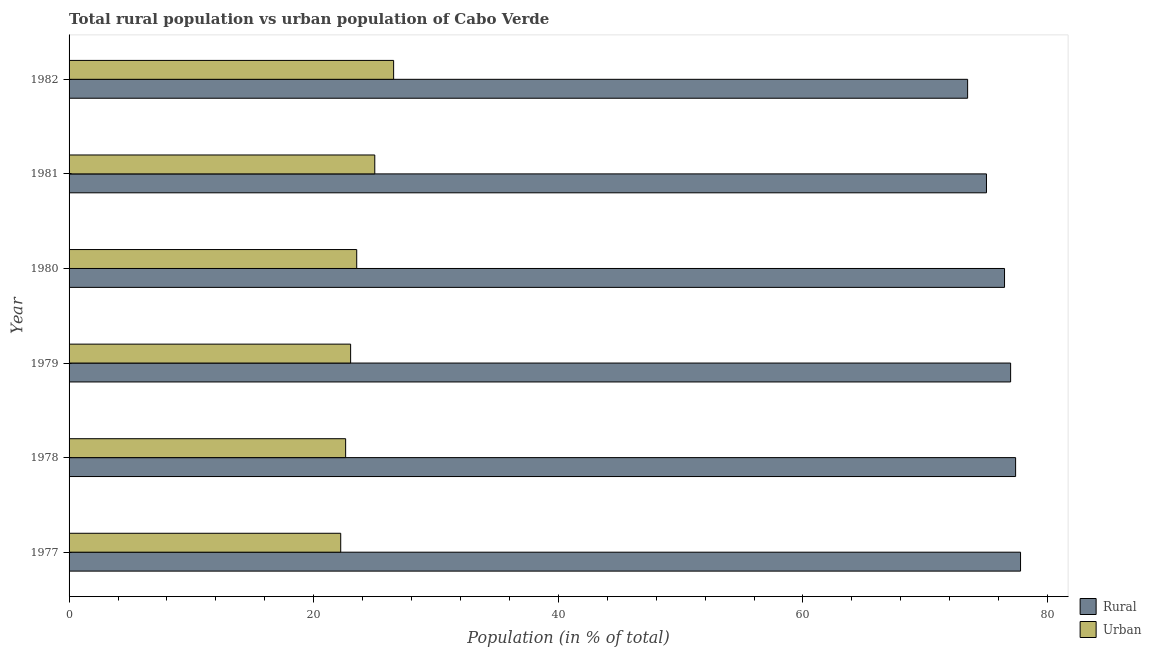
| Year | Rural | Urban |
 | --- | --- | --- |
 | 1977 | 77.8 | 22.2 |
 | 1978 | 77.4 | 22.6 |
 | 1979 | 77 | 23 |
 | 1980 | 76.5 | 23.5 |
 | 1981 | 75 | 25 |
 | 1982 | 73.5 | 26.5 |